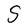
Character: S